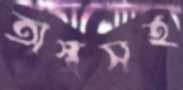
অস্ত্রসহ